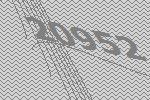
20952